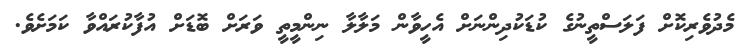
މެދުވެރިކޮށް ފަލަސްތީނުގެ ކުޑަކުދިންނަށް އެހީވާން މަލާލާ ނިންމީތީ ވަރަށް ބޮޑަށް އުފާކުރައްވާ ކަމަށެވެ.